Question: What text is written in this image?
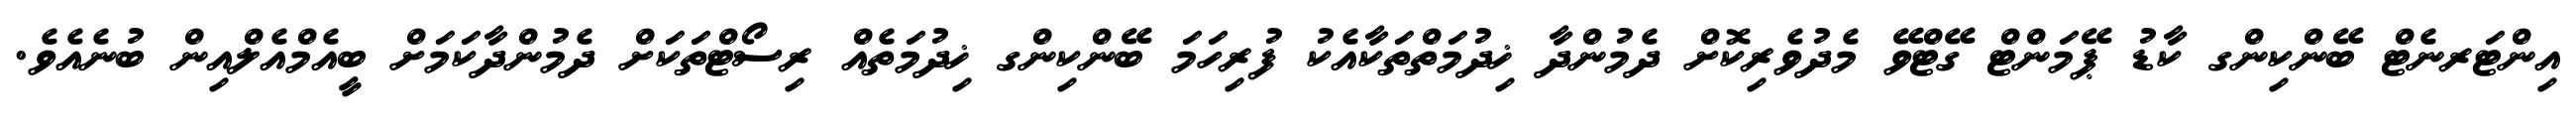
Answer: އިންޓަރނެޓް ބޭންކިންގ ކާޑު ޕޭމަންޓް ގޭޓްވޭ މެދުވެރިކޮށް ދެމުންދާ ޚިދުމަތްތަކާއެކު ފުރިހަމަ ބޭންކިންގ ޚިދުމަތެއް ރިސޯޓްތަކަށް ދެމުންދާކަމަށް ބީއެމްއެލްއިން ބުނެއެވެ.